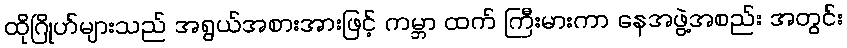
ထိုဂြိုဟ်များသည် အရွယ်အစားအားဖြင့် ကမ္ဘာ ထက် ကြီးမားကာ နေအဖွဲ့အစည်း အတွင်း